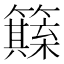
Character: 𥶺